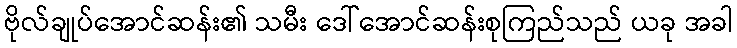
ဗိုလ်ချုပ်အောင်ဆန်း၏ သမီး ဒေါ်အောင်ဆန်းစုကြည်သည် ယခု အခါ